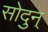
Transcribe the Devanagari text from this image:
सोदुन्